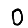
Digit: 0